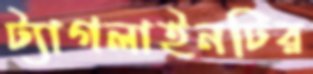
ট্যাগলাইনটির